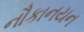
નૌકાનયન